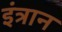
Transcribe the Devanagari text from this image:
इंत्रान